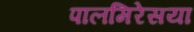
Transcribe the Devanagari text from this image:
पालमिरेसया